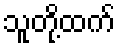
သူတို့ထက်